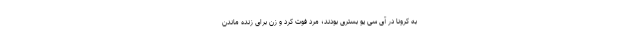
به کرونا در آی سی یو بستری بودند؛ مرد فوت کرد و زن برای زنده ماندن